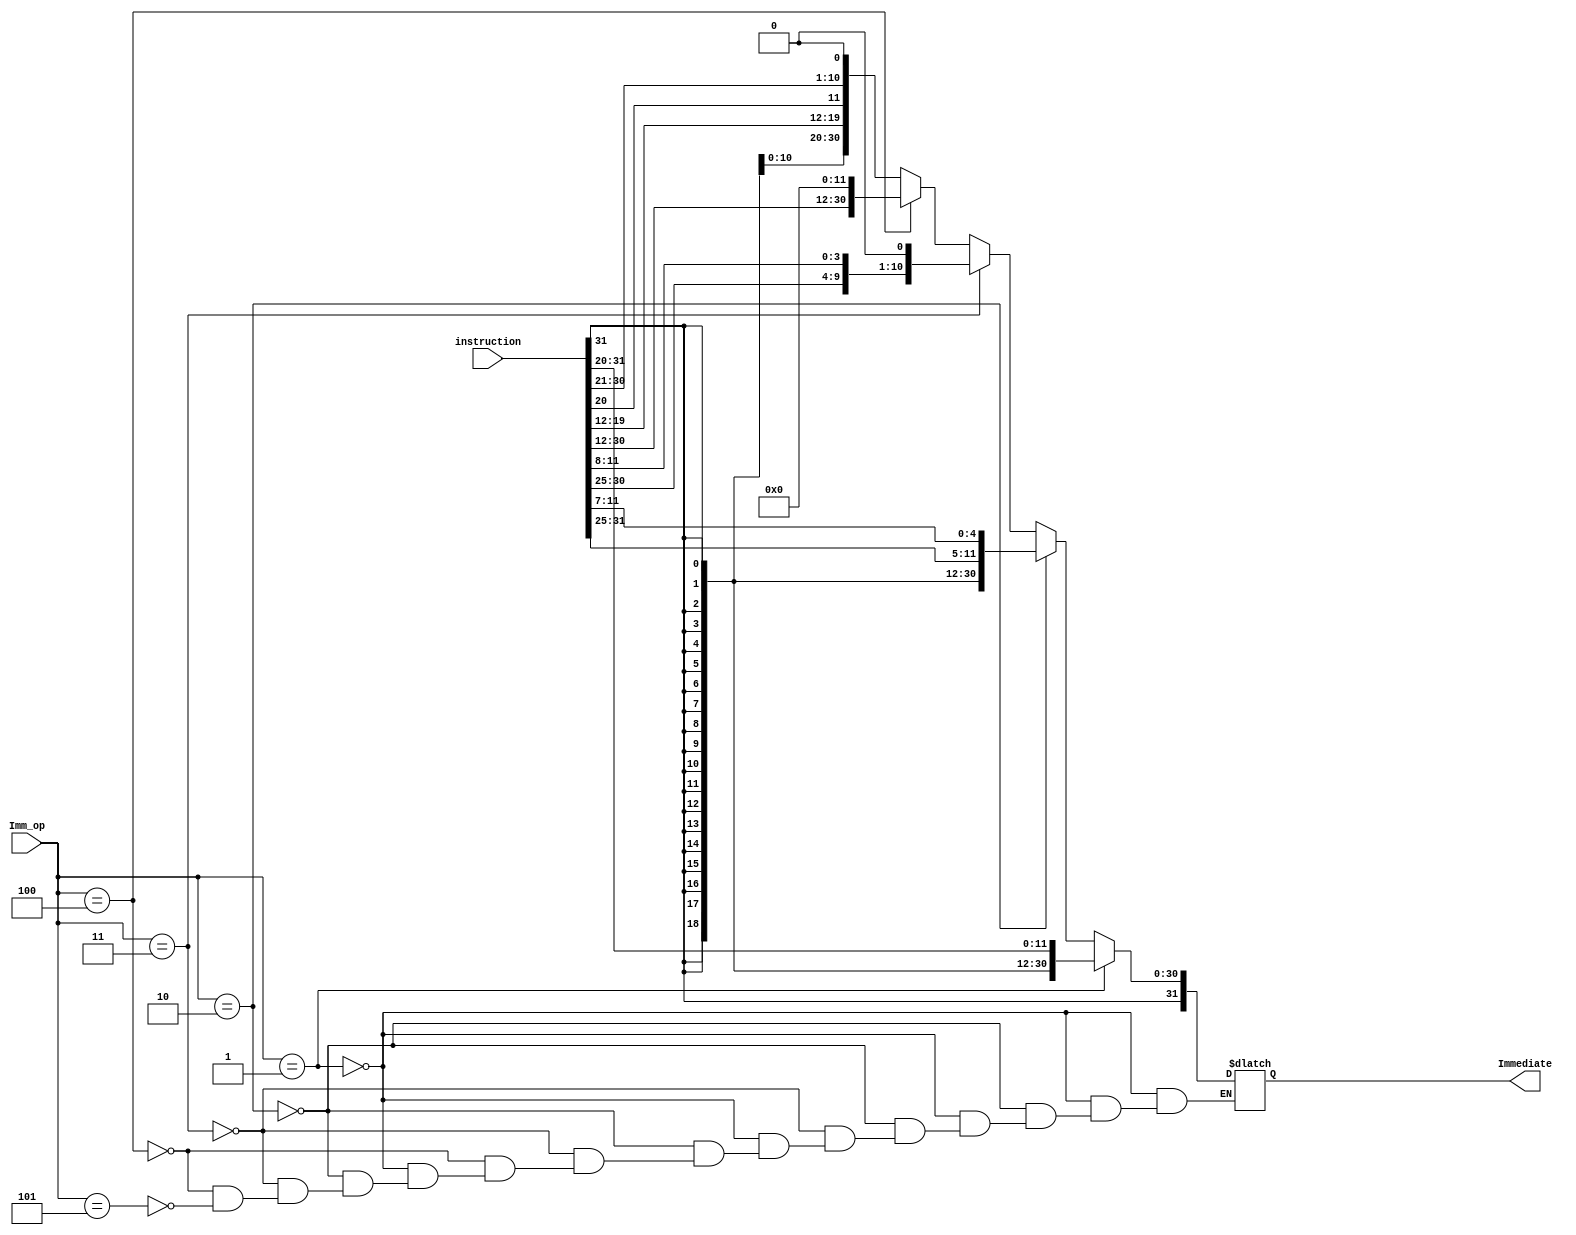
module Immediate_Module(input [31:0] instruction,
                     input [2:0] Imm_op,
                     output reg [31:0] Immediate );
                     
reg [11:0] imm_12;
reg [19:0] imm_20;
always@* 
    begin
    if (Imm_op == 3'b001)//I
        begin
        imm_12 = instruction[31:20];
        Immediate = {{20{imm_12[11]}}, imm_12};
        end
    else if(Imm_op == 3'b010)//S
        begin
        imm_12 = {instruction[31:25],instruction[11:7]};
        Immediate = {{20{imm_12[11]}}, imm_12};
        end
    else if(Imm_op == 3'b011)//B
        begin
        imm_12 = {instruction[31],instruction[7],instruction[30:25],instruction[11:8]};
        Immediate = {{19{imm_12[11]}}, imm_12,1'b0};
        end
    else if(Imm_op == 3'b100)//U
        begin
        imm_20 = {instruction[31:12]};
        Immediate = {imm_20, 12'b0};
         
         end
    else if(Imm_op == 3'b101)//J
        begin
        imm_20 = {instruction[31],instruction[19:12],instruction[20],instruction[30:21]};
        Immediate = {{11{imm_20[19]}} ,imm_20 , 1'b0 };
    end
    end
endmodule